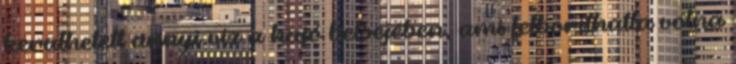
kerülhetett annyi víz a hajó belsejében, ami felboríthatta volna